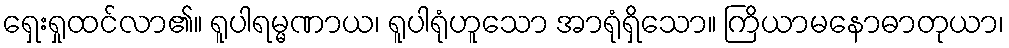
ရှေးရှုထင်လာ၏။ ရူပါရမ္မဏာယ၊ ရူပါရုံဟူသော အာရုံရှိသော။ ကြိယာမနောဓာတုယာ၊